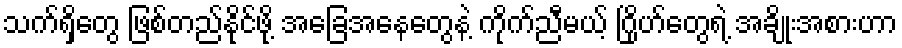
သက်ရှိတွေ ဖြစ်တည်နိုင်ဖို့ အခြေအနေတွေနဲ့ ကိုက်ညီမယ့် ဂြိုဟ်တွေရဲ့ အချိုးအစားဟာ